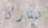
لمشاركة